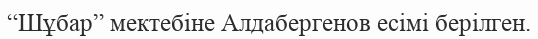
“Шұбар” мектебіне Алдабергенов есімі берілген.